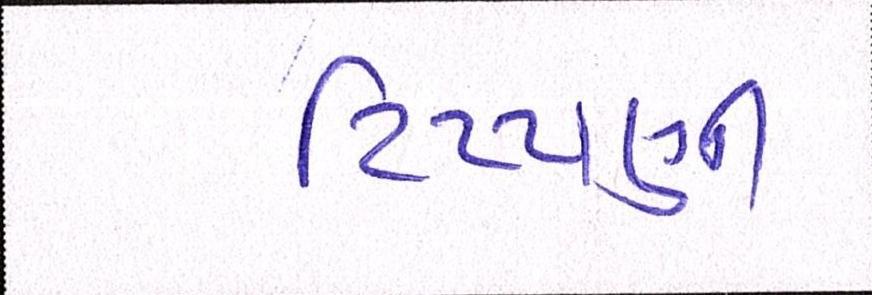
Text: ટિપ્પણી